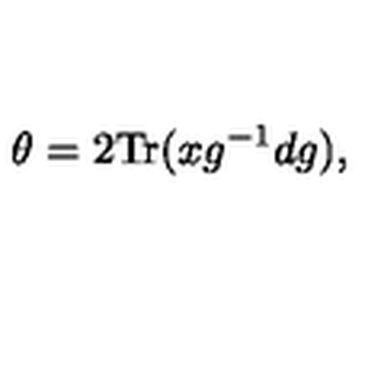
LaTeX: \theta = 2 \mathrm { T r } ( x g ^ { - 1 } d g ) ,